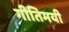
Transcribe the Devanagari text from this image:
गीतिमयी